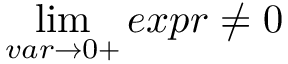
\operatorname* { l i m } _ { v a r \to 0 + } e x p r \neq 0